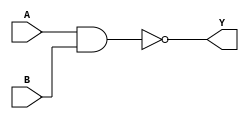

`timescale 1ns/100ps

module nand_gate(A,B,Y);
			input A;
			input B;
			output Y;
			assign Y = ~(A&B);

endmodule

module nand_gate_tb;
reg aa,bb;
wire yy;
nand_gate nand_gate(.A(aa),.B(bb),.Y(yy));

initial begin

	 aa<=0;bb<=0;
	#10 aa<=0;bb<=1;
	#10 aa<=1;bb<=0;
	#10 aa<=1;bb<=1;
	#10 $stop;
	
	
end
endmodule